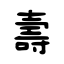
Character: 壽